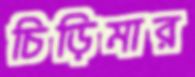
চিড়িমার